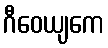
ဂီဝေယျကေ